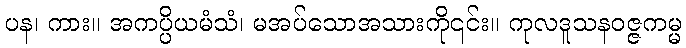
ပန၊ ကား။ အကပ္ပိယမံသံ၊ မအပ်သောအသားကို၎င်း။ ကုလဒူသနဝဇ္ဇကမ္မ